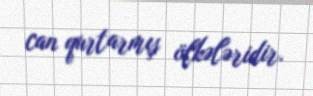
can qurtarmış ölkələridir.